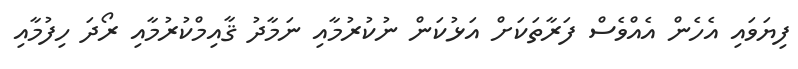
ފިޔަވައި އެހެން އެއްވެސް ފަރާތަކަށް އަޅުކަން ނުކުރުމާއި ނަމާދު ޤާއިމްކުރުމާއި ރޯދަ ހިފުމާއި